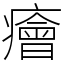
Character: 癐